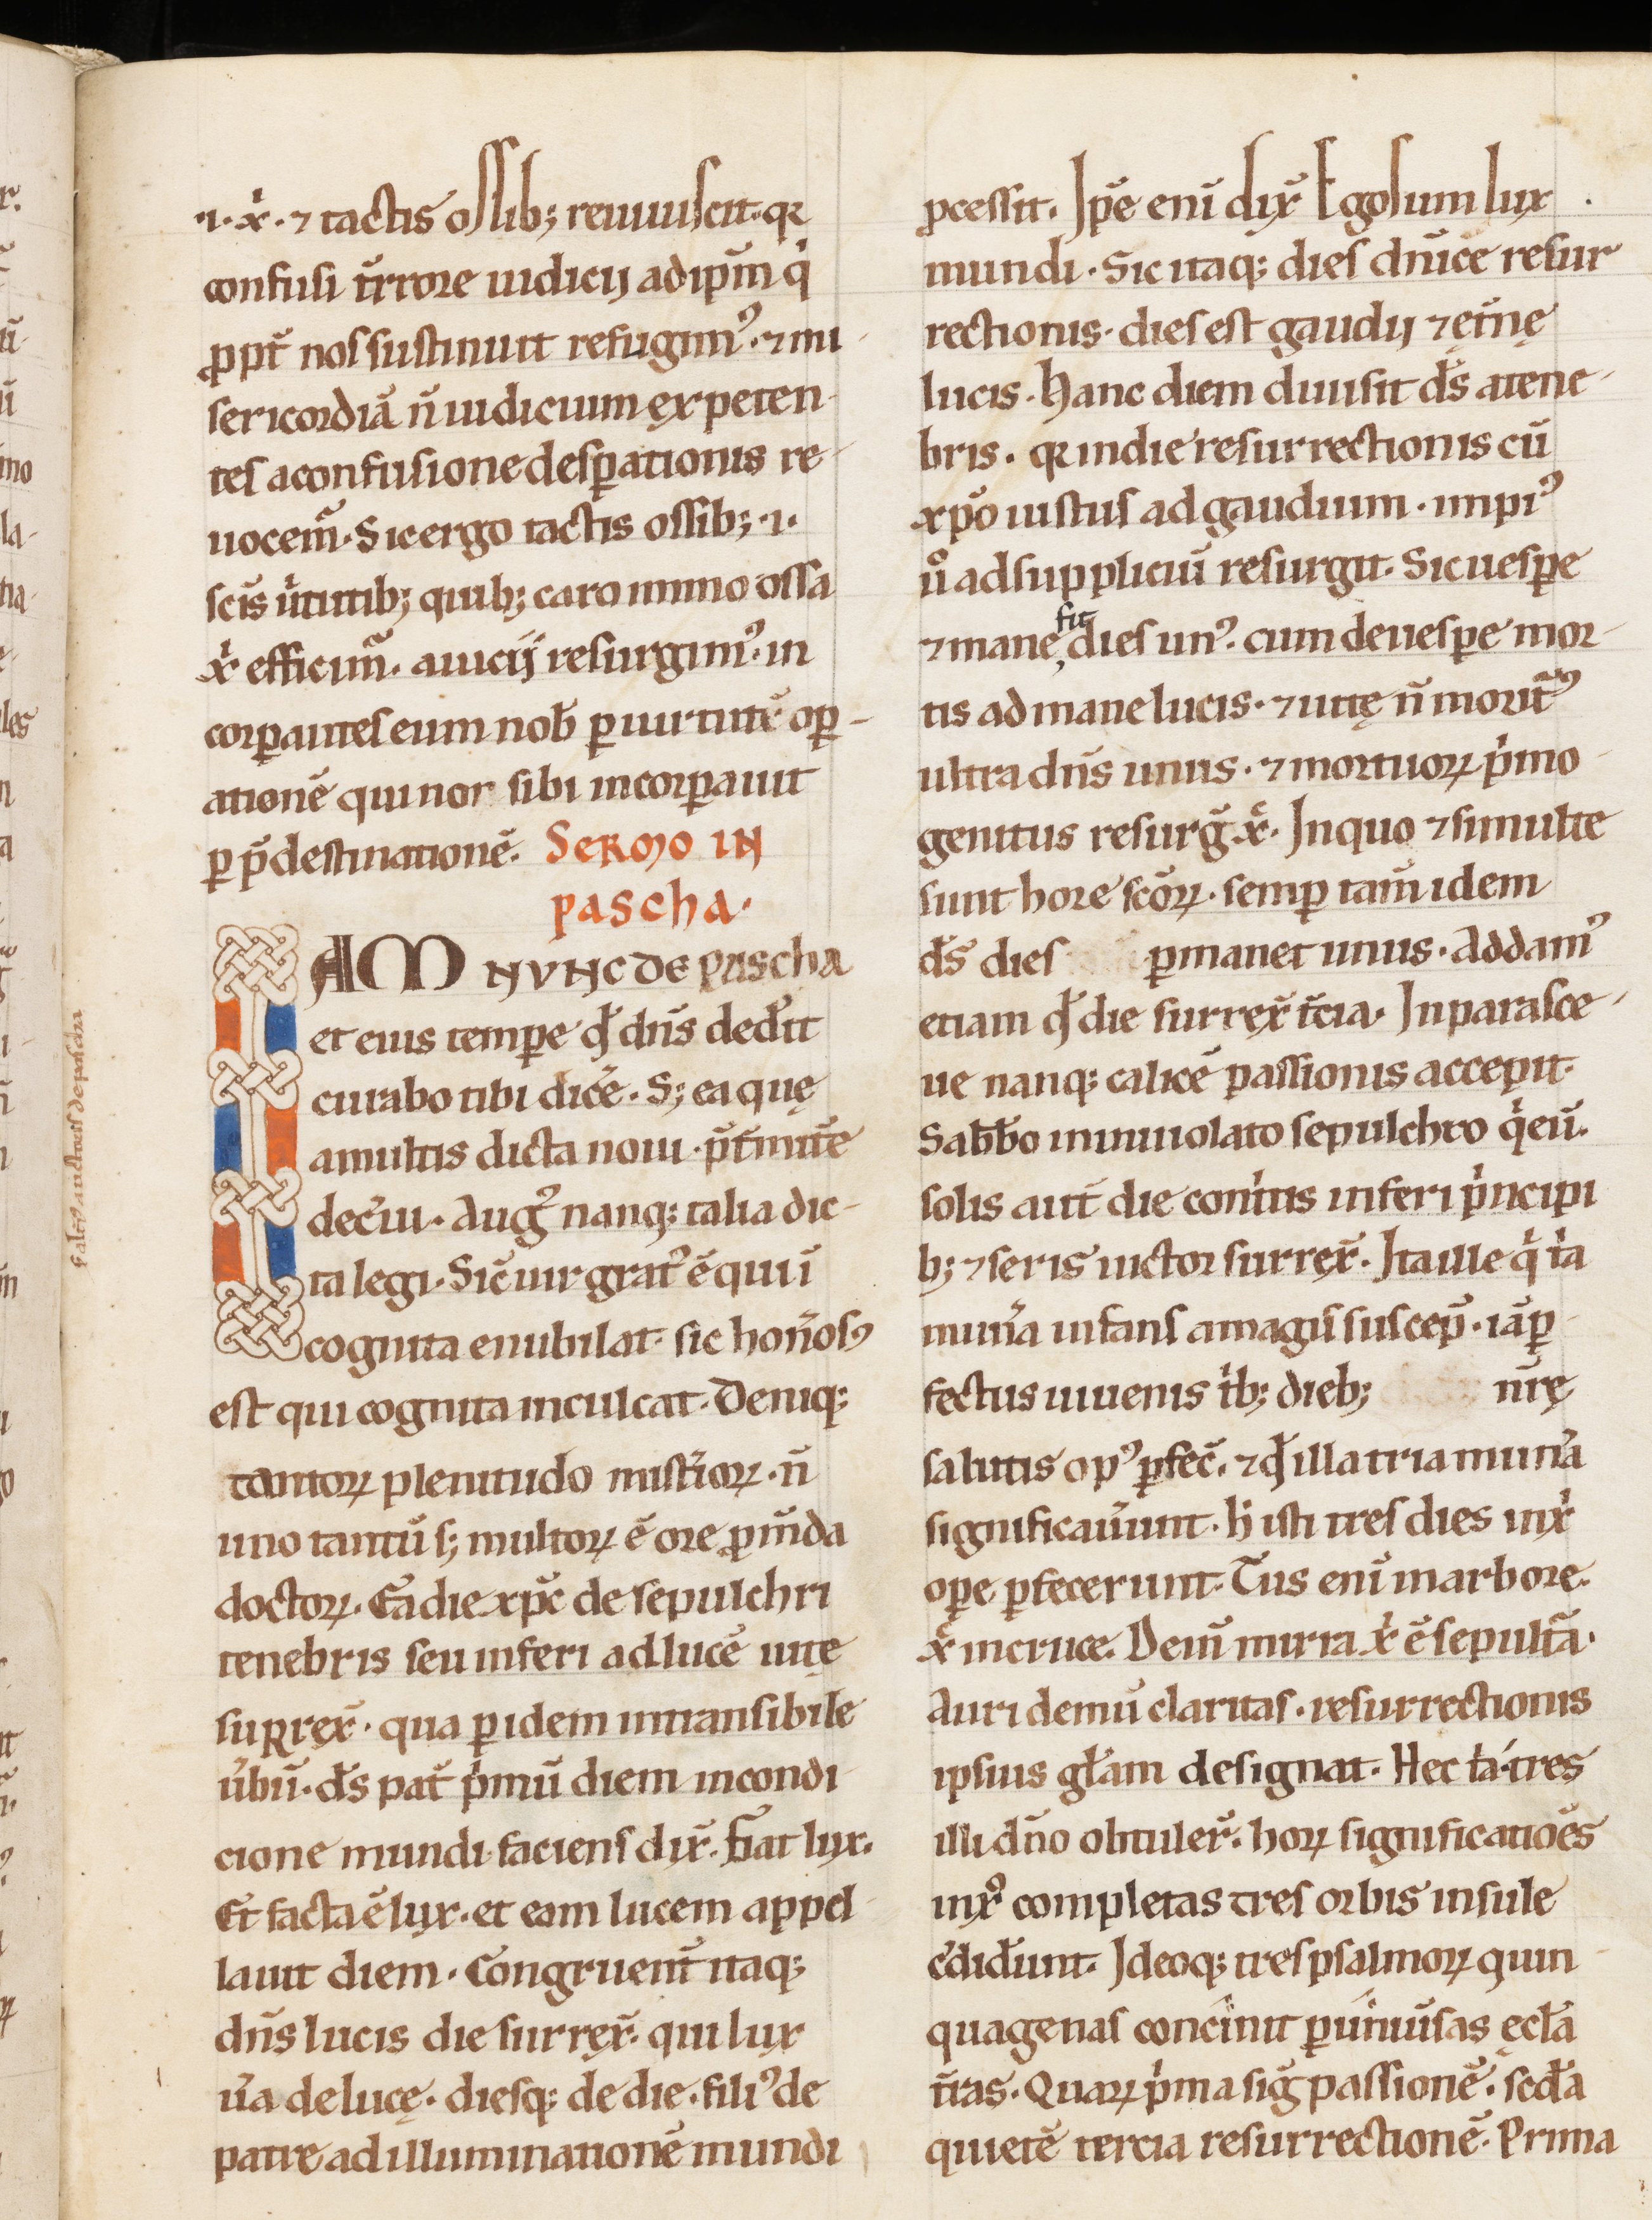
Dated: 1100–1199